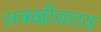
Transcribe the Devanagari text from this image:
लक्‍खीसराय